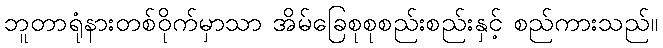
ဘူတာရုံနားတစ်ဝိုက်မှာသာ အိမ်ခြေစုစုစည်းစည်းနှင့် စည်ကားသည်။